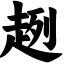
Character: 趔